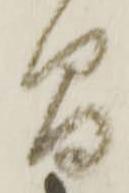
間